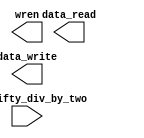
`timescale 1ns / 1ps
/**********************************************************************
 Copyright (c) 2007-2014 Timothy Pearson <kb9vqf@pearsoncomputing.net>

 This program is free software; you can redistribute it and/or modify
 it under the terms of the GNU General Public License as published by
 the Free Software Foundation; version 2.

 This program is distributed in the hope that it will be useful,
 but WITHOUT ANY WARRANTY; without even the implied warranty of
 MERCHANTABILITY or FITNESS FOR A PARTICULAR PURPOSE.  See the
 GNU General Public License for more details.

 You should have received a copy of the GNU General Public License
 along with this program; if not, write to the Free Software
 Foundation, Inc., 59 Temple Place - Suite 330, Boston, MA
 02111-1307, USA
**********************************************************************/

module median_filtering(
	//input wires
	input wire clk_fifty_div_by_two,

	//output wires
	output wire wren,
	output wire data_read,
	output wire data_write
	
	
		);
		
		reg median_filtering_holdoff = 0;
		reg [7:0] median_filtering_swap_buffer;
		reg [71:0] median_filtering_counter_buffer_red;
		reg [71:0] median_filtering_counter_buffer_green;
		reg [71:0] median_filtering_counter_buffer_blue;
	/*
		// For every pixel, check the 9 pixels around and including it, and find the 'middle' value.
		always @(posedge clk) begin
		//always @(posedge modified_clock) begin
		//always @(posedge clk_div_by_two) begin
			if (enable_median_filtering == 1) begin
				if (median_filtering_holdoff == 0) begin
					wren = 0;
					address = 320;								// Skip the topmost line of the image
					median_filtering_counter_tog = 320;
					median_filtering_holdoff = 1;
				end else begin
					// Load in the first pixel
					if (median_filtering_counter_toggle == 1) begin
						median_filtering_counter_buffer_red[7:0] = data_read[7:0];			// This is the center pixel
						median_filtering_counter_buffer_green[7:0] = data_read[15:8];
						median_filtering_counter_buffer_blue[7:0] = data_read[31:24];
						median_filtering_counter_tog = median_filtering_counter_tog - 1;	// Set next read address (one pixel to the left)
					end

					if (median_filtering_counter_toggle == 2) begin
						median_filtering_counter_buffer_red[15:8] = data_read[7:0];			// This is the left pixel
						median_filtering_counter_buffer_green[15:8] = data_read[15:8];
						median_filtering_counter_buffer_blue[15:8] = data_read[31:24];
						median_filtering_counter_tog = median_filtering_counter_tog + 2;	// Set next read address (two pixels to the right)
					end
		
					if (median_filtering_counter_toggle == 3) begin
						median_filtering_counter_buffer_red[23:16] = data_read[7:0];			// This is the right pixel
						median_filtering_counter_buffer_green[23:16] = data_read[15:8];
						median_filtering_counter_buffer_blue[23:16] = data_read[31:24];
						median_filtering_counter_tog = median_filtering_counter_tog - 320;	// Set next read address (one pixel up)
					end
					
					if (median_filtering_counter_toggle == 4) begin
						median_filtering_counter_buffer_red[31:24] = data_read[7:0];			// This is the top-right pixel
						median_filtering_counter_buffer_green[31:24] = data_read[15:8];
						median_filtering_counter_buffer_blue[31:24] = data_read[31:24];
						median_filtering_counter_tog = median_filtering_counter_tog - 1;	// Set next read address (one pixel to the left)
					end
					
					if (median_filtering_counter_toggle == 5) begin
						median_filtering_counter_buffer_red[39:32] = data_read[7:0];			// This is the top pixel
						median_filtering_counter_buffer_green[39:32] = data_read[15:8];
						median_filtering_counter_buffer_blue[39:32] = data_read[31:24];
						median_filtering_counter_tog = median_filtering_counter_tog - 1;	// Set next read address (one pixel to the left)
					end
					
					if (median_filtering_counter_toggle == 6) begin
						median_filtering_counter_buffer_red[47:40] = data_read[7:0];			// This is the top-left pixel
						median_filtering_counter_buffer_green[47:40] = data_read[15:8];
						median_filtering_counter_buffer_blue[47:40] = data_read[31:24];
						median_filtering_counter_tog = median_filtering_counter_tog + 640;	// Set next read address (two pixels down)
					end
					
					if (median_filtering_counter_toggle == 7) begin
						median_filtering_counter_buffer_red[55:48] = data_read[7:0];			// This is the bottom-left pixel
						median_filtering_counter_buffer_green[55:48] = data_read[15:8];
						median_filtering_counter_buffer_blue[55:48] = data_read[31:24];
						median_filtering_counter_tog = median_filtering_counter_tog + 1;	// Set next read address (one pixel to the right)
					end
					
					if (median_filtering_counter_toggle == 8) begin
						median_filtering_counter_buffer_red[63:56] = data_read[7:0];			// This is the bottom pixel
						median_filtering_counter_buffer_green[63:56] = data_read[15:8];
						median_filtering_counter_buffer_blue[63:56] = data_read[31:24];
						median_filtering_counter_tog = median_filtering_counter_tog + 1;	// Set next read address (one pixel to the right)
					end
					
					if (median_filtering_counter_toggle == 9) begin
						median_filtering_counter_buffer_red[71:64] = data_read[7:0];			// This is the bottom-right pixel
						median_filtering_counter_buffer_green[71:64] = data_read[15:8];
						median_filtering_counter_buffer_blue[71:64] = data_read[31:24];
						median_filtering_counter_tog = median_filtering_counter_tog - 320;	// Set next read address (one pixel up) (this is to put the "cursor" in the correct position for the next pixel!
						
						// Now, since we have all of this data collected (finally!), we can calculate the median of the numbers
						// First the red image...LOTS of processing here!
						if (median_filtering_counter_buffer_red[15:8] > median_filtering_counter_buffer_red[23:16]) begin	// 1,2
							median_filtering_swap_buffer = median_filtering_counter_buffer_red[15:8];
							median_filtering_counter_buffer_red[15:8] = median_filtering_counter_buffer_red[23:16];
							median_filtering_counter_buffer_red[23:16] = median_filtering_swap_buffer;
						end
						if (median_filtering_counter_buffer_red[39:32] > median_filtering_counter_buffer_red[47:40]) begin	// 4,5
							median_filtering_swap_buffer = median_filtering_counter_buffer_red[39:32];
							median_filtering_counter_buffer_red[39:32] = median_filtering_counter_buffer_red[47:40];
							median_filtering_counter_buffer_red[47:40] = median_filtering_swap_buffer;
						end
						if (median_filtering_counter_buffer_red[63:56] > median_filtering_counter_buffer_red[71:64]) begin	// 7,8
							median_filtering_swap_buffer = median_filtering_counter_buffer_red[63:56];
							median_filtering_counter_buffer_red[63:56] = median_filtering_counter_buffer_red[71:64];
							median_filtering_counter_buffer_red[71:64] = median_filtering_swap_buffer;
						end
						// ---
						if (median_filtering_counter_buffer_red[7:0] > median_filtering_counter_buffer_red[15:8]) begin		// 0,1
							median_filtering_swap_buffer = median_filtering_counter_buffer_red[7:0];
							median_filtering_counter_buffer_red[7:0] = median_filtering_counter_buffer_red[15:8];
							median_filtering_counter_buffer_red[15:8] = median_filtering_swap_buffer;
						end
						if (median_filtering_counter_buffer_red[31:24] > median_filtering_counter_buffer_red[39:32]) begin	// 3,4
							median_filtering_swap_buffer = median_filtering_counter_buffer_red[31:24];
							median_filtering_counter_buffer_red[31:24] = median_filtering_counter_buffer_red[39:32];
							median_filtering_counter_buffer_red[39:32] = median_filtering_swap_buffer;
						end
						if (median_filtering_counter_buffer_red[55:48] > median_filtering_counter_buffer_red[63:56]) begin	// 6,7
							median_filtering_swap_buffer = median_filtering_counter_buffer_red[55:48];
							median_filtering_counter_buffer_red[55:48] = median_filtering_counter_buffer_red[63:56];
							median_filtering_counter_buffer_red[63:56] = median_filtering_swap_buffer;
						end
						// ---
						if (median_filtering_counter_buffer_red[15:8] > median_filtering_counter_buffer_red[23:16]) begin	// 1,2
							median_filtering_swap_buffer = median_filtering_counter_buffer_red[15:8];
							median_filtering_counter_buffer_red[15:8] = median_filtering_counter_buffer_red[23:16];
							median_filtering_counter_buffer_red[23:16] = median_filtering_swap_buffer;
						end
						if (median_filtering_counter_buffer_red[39:32] > median_filtering_counter_buffer_red[47:40]) begin	// 4,5
							median_filtering_swap_buffer = median_filtering_counter_buffer_red[39:32];
							median_filtering_counter_buffer_red[39:32] = median_filtering_counter_buffer_red[47:40];
							median_filtering_counter_buffer_red[47:40] = median_filtering_swap_buffer;
						end
						if (median_filtering_counter_buffer_red[63:56] > median_filtering_counter_buffer_red[71:64]) begin	// 7,8
							median_filtering_swap_buffer = median_filtering_counter_buffer_red[63:56];
							median_filtering_counter_buffer_red[63:56] = median_filtering_counter_buffer_red[71:64];
							median_filtering_counter_buffer_red[71:64] = median_filtering_swap_buffer;
						end
						// ---
						if (median_filtering_counter_buffer_red[7:0] > median_filtering_counter_buffer_red[31:24]) begin	// 0,3
							median_filtering_swap_buffer = median_filtering_counter_buffer_red[7:0];
							median_filtering_counter_buffer_red[7:0] = median_filtering_counter_buffer_red[31:24];
							median_filtering_counter_buffer_red[31:24] = median_filtering_swap_buffer;
						end
						if (median_filtering_counter_buffer_red[47:40] > median_filtering_counter_buffer_red[71:64]) begin	// 5,8
							median_filtering_swap_buffer = median_filtering_counter_buffer_red[47:40];
							median_filtering_counter_buffer_red[47:40] = median_filtering_counter_buffer_red[71:64];
							median_filtering_counter_buffer_red[71:64] = median_filtering_swap_buffer;
						end
						if (median_filtering_counter_buffer_red[39:32] > median_filtering_counter_buffer_red[63:56]) begin	// 4,7
							median_filtering_swap_buffer = median_filtering_counter_buffer_red[39:32];
							median_filtering_counter_buffer_red[39:32] = median_filtering_counter_buffer_red[63:56];
							median_filtering_counter_buffer_red[63:56] = median_filtering_swap_buffer;
						end
						// ---
						if (median_filtering_counter_buffer_red[31:24] > median_filtering_counter_buffer_red[55:48]) begin	// 3,6
							median_filtering_swap_buffer = median_filtering_counter_buffer_red[31:24];
							median_filtering_counter_buffer_red[31:24] = median_filtering_counter_buffer_red[55:48];
							median_filtering_counter_buffer_red[55:48] = median_filtering_swap_buffer;
						end
						if (median_filtering_counter_buffer_red[15:8] > median_filtering_counter_buffer_red[39:32]) begin	// 1,4
							median_filtering_swap_buffer = median_filtering_counter_buffer_red[15:8];
							median_filtering_counter_buffer_red[15:8] = median_filtering_counter_buffer_red[39:32];
							median_filtering_counter_buffer_red[39:32] = median_filtering_swap_buffer;
						end
						if (median_filtering_counter_buffer_red[23:16] > median_filtering_counter_buffer_red[47:40]) begin	// 2,5
							median_filtering_swap_buffer = median_filtering_counter_buffer_red[23:16];
							median_filtering_counter_buffer_red[23:16] = median_filtering_counter_buffer_red[47:40];
							median_filtering_counter_buffer_red[47:40] = median_filtering_swap_buffer;
						end
						// ---
						if (median_filtering_counter_buffer_red[39:32] > median_filtering_counter_buffer_red[63:56]) begin	// 4,7
							median_filtering_swap_buffer = median_filtering_counter_buffer_red[39:32];
							median_filtering_counter_buffer_red[39:32] = median_filtering_counter_buffer_red[63:56];
							median_filtering_counter_buffer_red[63:56] = median_filtering_swap_buffer;
						end
						if (median_filtering_counter_buffer_red[39:32] > median_filtering_counter_buffer_red[23:16]) begin	// 4,2
							median_filtering_swap_buffer = median_filtering_counter_buffer_red[39:32];
							median_filtering_counter_buffer_red[39:32] = median_filtering_counter_buffer_red[23:16];
							median_filtering_counter_buffer_red[23:16] = median_filtering_swap_buffer;
						end
						if (median_filtering_counter_buffer_red[55:48] > median_filtering_counter_buffer_red[39:32]) begin	// 6,4
							median_filtering_swap_buffer = median_filtering_counter_buffer_red[55:48];
							median_filtering_counter_buffer_red[55:48] = median_filtering_counter_buffer_red[39:32];
							median_filtering_counter_buffer_red[39:32] = median_filtering_swap_buffer;
						end
						// ---
						if (median_filtering_counter_buffer_red[39:32] > median_filtering_counter_buffer_red[23:16]) begin	// 4,2
							median_filtering_swap_buffer = median_filtering_counter_buffer_red[39:32];
							median_filtering_counter_buffer_red[39:32] = median_filtering_counter_buffer_red[23:16];
							median_filtering_counter_buffer_red[23:16] = median_filtering_swap_buffer;
						end
						// FINALLY DONE WITH THE RED ARRAY!!! YIPPEE!!!
						median_filtering_counter_temp[7:0] = median_filtering_counter_buffer_red[39:32];		// Store the median in the red slot of the data to write
						
						// Next the green image...LOTS of processing here again!
						if (median_filtering_counter_buffer_green[15:8] > median_filtering_counter_buffer_green[23:16]) begin		// 1,2
							median_filtering_swap_buffer = median_filtering_counter_buffer_green[15:8];
							median_filtering_counter_buffer_green[15:8] = median_filtering_counter_buffer_green[23:16];
							median_filtering_counter_buffer_green[23:16] = median_filtering_swap_buffer;
						end
						if (median_filtering_counter_buffer_green[39:32] > median_filtering_counter_buffer_green[47:40]) begin	// 4,5
							median_filtering_swap_buffer = median_filtering_counter_buffer_green[39:32];
							median_filtering_counter_buffer_green[39:32] = median_filtering_counter_buffer_green[47:40];
							median_filtering_counter_buffer_green[47:40] = median_filtering_swap_buffer;
						end
						if (median_filtering_counter_buffer_green[63:56] > median_filtering_counter_buffer_green[71:64]) begin	// 7,8
							median_filtering_swap_buffer = median_filtering_counter_buffer_green[63:56];
							median_filtering_counter_buffer_green[63:56] = median_filtering_counter_buffer_green[71:64];
							median_filtering_counter_buffer_green[71:64] = median_filtering_swap_buffer;
						end
						// ---
						if (median_filtering_counter_buffer_green[7:0] > median_filtering_counter_buffer_green[15:8]) begin		// 0,1
							median_filtering_swap_buffer = median_filtering_counter_buffer_green[7:0];
							median_filtering_counter_buffer_green[7:0] = median_filtering_counter_buffer_green[15:8];
							median_filtering_counter_buffer_green[15:8] = median_filtering_swap_buffer;
						end
						if (median_filtering_counter_buffer_green[31:24] > median_filtering_counter_buffer_green[39:32]) begin	// 3,4
							median_filtering_swap_buffer = median_filtering_counter_buffer_green[31:24];
							median_filtering_counter_buffer_green[31:24] = median_filtering_counter_buffer_green[39:32];
							median_filtering_counter_buffer_green[39:32] = median_filtering_swap_buffer;
						end
						if (median_filtering_counter_buffer_green[55:48] > median_filtering_counter_buffer_green[63:56]) begin	// 6,7
							median_filtering_swap_buffer = median_filtering_counter_buffer_green[55:48];
							median_filtering_counter_buffer_green[55:48] = median_filtering_counter_buffer_green[63:56];
							median_filtering_counter_buffer_green[63:56] = median_filtering_swap_buffer;
						end
						// ---
						if (median_filtering_counter_buffer_green[15:8] > median_filtering_counter_buffer_green[23:16]) begin		// 1,2
							median_filtering_swap_buffer = median_filtering_counter_buffer_green[15:8];
							median_filtering_counter_buffer_green[15:8] = median_filtering_counter_buffer_green[23:16];
							median_filtering_counter_buffer_green[23:16] = median_filtering_swap_buffer;
						end
						if (median_filtering_counter_buffer_green[39:32] > median_filtering_counter_buffer_green[47:40]) begin	// 4,5
							median_filtering_swap_buffer = median_filtering_counter_buffer_green[39:32];
							median_filtering_counter_buffer_green[39:32] = median_filtering_counter_buffer_green[47:40];
							median_filtering_counter_buffer_green[47:40] = median_filtering_swap_buffer;
						end
						if (median_filtering_counter_buffer_green[63:56] > median_filtering_counter_buffer_green[71:64]) begin	// 7,8
							median_filtering_swap_buffer = median_filtering_counter_buffer_green[63:56];
							median_filtering_counter_buffer_green[63:56] = median_filtering_counter_buffer_green[71:64];
							median_filtering_counter_buffer_green[71:64] = median_filtering_swap_buffer;
						end
						// ---
						if (median_filtering_counter_buffer_green[7:0] > median_filtering_counter_buffer_green[31:24]) begin		// 0,3
							median_filtering_swap_buffer = median_filtering_counter_buffer_green[7:0];
							median_filtering_counter_buffer_green[7:0] = median_filtering_counter_buffer_green[31:24];
							median_filtering_counter_buffer_green[31:24] = median_filtering_swap_buffer;
						end
						if (median_filtering_counter_buffer_green[47:40] > median_filtering_counter_buffer_green[71:64]) begin	// 5,8
							median_filtering_swap_buffer = median_filtering_counter_buffer_green[47:40];
							median_filtering_counter_buffer_green[47:40] = median_filtering_counter_buffer_green[71:64];
							median_filtering_counter_buffer_green[71:64] = median_filtering_swap_buffer;
						end
						if (median_filtering_counter_buffer_green[39:32] > median_filtering_counter_buffer_green[63:56]) begin	// 4,7
							median_filtering_swap_buffer = median_filtering_counter_buffer_green[39:32];
							median_filtering_counter_buffer_green[39:32] = median_filtering_counter_buffer_green[63:56];
							median_filtering_counter_buffer_green[63:56] = median_filtering_swap_buffer;
						end
						// ---
						if (median_filtering_counter_buffer_green[31:24] > median_filtering_counter_buffer_green[55:48]) begin	// 3,6
							median_filtering_swap_buffer = median_filtering_counter_buffer_green[31:24];
							median_filtering_counter_buffer_green[31:24] = median_filtering_counter_buffer_green[55:48];
							median_filtering_counter_buffer_green[55:48] = median_filtering_swap_buffer;
						end
						if (median_filtering_counter_buffer_green[15:8] > median_filtering_counter_buffer_green[39:32]) begin		// 1,4
							median_filtering_swap_buffer = median_filtering_counter_buffer_green[15:8];
							median_filtering_counter_buffer_green[15:8] = median_filtering_counter_buffer_green[39:32];
							median_filtering_counter_buffer_green[39:32] = median_filtering_swap_buffer;
						end
						if (median_filtering_counter_buffer_green[23:16] > median_filtering_counter_buffer_green[47:40]) begin	// 2,5
							median_filtering_swap_buffer = median_filtering_counter_buffer_green[23:16];
							median_filtering_counter_buffer_green[23:16] = median_filtering_counter_buffer_green[47:40];
							median_filtering_counter_buffer_green[47:40] = median_filtering_swap_buffer;
						end
						// ---
						if (median_filtering_counter_buffer_green[39:32] > median_filtering_counter_buffer_green[63:56]) begin	// 4,7
							median_filtering_swap_buffer = median_filtering_counter_buffer_green[39:32];
							median_filtering_counter_buffer_green[39:32] = median_filtering_counter_buffer_green[63:56];
							median_filtering_counter_buffer_green[63:56] = median_filtering_swap_buffer;
						end
						if (median_filtering_counter_buffer_green[39:32] > median_filtering_counter_buffer_green[23:16]) begin	// 4,2
							median_filtering_swap_buffer = median_filtering_counter_buffer_green[39:32];
							median_filtering_counter_buffer_green[39:32] = median_filtering_counter_buffer_green[23:16];
							median_filtering_counter_buffer_green[23:16] = median_filtering_swap_buffer;
						end
						if (median_filtering_counter_buffer_green[55:48] > median_filtering_counter_buffer_green[39:32]) begin	// 6,4
							median_filtering_swap_buffer = median_filtering_counter_buffer_green[55:48];
							median_filtering_counter_buffer_green[55:48] = median_filtering_counter_buffer_green[39:32];
							median_filtering_counter_buffer_green[39:32] = median_filtering_swap_buffer;
						end
						// ---
						if (median_filtering_counter_buffer_green[39:32] > median_filtering_counter_buffer_green[23:16]) begin	// 4,2
							median_filtering_swap_buffer = median_filtering_counter_buffer_green[39:32];
							median_filtering_counter_buffer_green[39:32] = median_filtering_counter_buffer_green[23:16];
							median_filtering_counter_buffer_green[23:16] = median_filtering_swap_buffer;
						end
						// FINALLY DONE WITH THE GREEN ARRAY!!! YIPPEE!!!
						median_filtering_counter_temp[15:8] = median_filtering_counter_buffer_green[39:32];		// Store the median in the green slot of the data to write
						
						// Finally the blue image...again, LOTS of processing here!
						if (median_filtering_counter_buffer_blue[15:8] > median_filtering_counter_buffer_blue[23:16]) begin	// 1,2
							median_filtering_swap_buffer = median_filtering_counter_buffer_blue[15:8];
							median_filtering_counter_buffer_blue[15:8] = median_filtering_counter_buffer_blue[23:16];
							median_filtering_counter_buffer_blue[23:16] = median_filtering_swap_buffer;
						end
						if (median_filtering_counter_buffer_blue[39:32] > median_filtering_counter_buffer_blue[47:40]) begin	// 4,5
							median_filtering_swap_buffer = median_filtering_counter_buffer_blue[39:32];
							median_filtering_counter_buffer_blue[39:32] = median_filtering_counter_buffer_blue[47:40];
							median_filtering_counter_buffer_blue[47:40] = median_filtering_swap_buffer;
						end
						if (median_filtering_counter_buffer_blue[63:56] > median_filtering_counter_buffer_blue[71:64]) begin	// 7,8
							median_filtering_swap_buffer = median_filtering_counter_buffer_blue[63:56];
							median_filtering_counter_buffer_blue[63:56] = median_filtering_counter_buffer_blue[71:64];
							median_filtering_counter_buffer_blue[71:64] = median_filtering_swap_buffer;
						end
						// ---
						if (median_filtering_counter_buffer_blue[7:0] > median_filtering_counter_buffer_blue[15:8]) begin		// 0,1
							median_filtering_swap_buffer = median_filtering_counter_buffer_blue[7:0];
							median_filtering_counter_buffer_blue[7:0] = median_filtering_counter_buffer_blue[15:8];
							median_filtering_counter_buffer_blue[15:8] = median_filtering_swap_buffer;
						end
						if (median_filtering_counter_buffer_blue[31:24] > median_filtering_counter_buffer_blue[39:32]) begin	// 3,4
							median_filtering_swap_buffer = median_filtering_counter_buffer_blue[31:24];
							median_filtering_counter_buffer_blue[31:24] = median_filtering_counter_buffer_blue[39:32];
							median_filtering_counter_buffer_blue[39:32] = median_filtering_swap_buffer;
						end
						if (median_filtering_counter_buffer_blue[55:48] > median_filtering_counter_buffer_blue[63:56]) begin	// 6,7
							median_filtering_swap_buffer = median_filtering_counter_buffer_blue[55:48];
							median_filtering_counter_buffer_blue[55:48] = median_filtering_counter_buffer_blue[63:56];
							median_filtering_counter_buffer_blue[63:56] = median_filtering_swap_buffer;
						end
						// ---
						if (median_filtering_counter_buffer_blue[15:8] > median_filtering_counter_buffer_blue[23:16]) begin	// 1,2
							median_filtering_swap_buffer = median_filtering_counter_buffer_blue[15:8];
							median_filtering_counter_buffer_blue[15:8] = median_filtering_counter_buffer_blue[23:16];
							median_filtering_counter_buffer_blue[23:16] = median_filtering_swap_buffer;
						end
						if (median_filtering_counter_buffer_blue[39:32] > median_filtering_counter_buffer_blue[47:40]) begin	// 4,5
							median_filtering_swap_buffer = median_filtering_counter_buffer_blue[39:32];
							median_filtering_counter_buffer_blue[39:32] = median_filtering_counter_buffer_blue[47:40];
							median_filtering_counter_buffer_blue[47:40] = median_filtering_swap_buffer;
						end
						if (median_filtering_counter_buffer_blue[63:56] > median_filtering_counter_buffer_blue[71:64]) begin	// 7,8
							median_filtering_swap_buffer = median_filtering_counter_buffer_blue[63:56];
							median_filtering_counter_buffer_blue[63:56] = median_filtering_counter_buffer_blue[71:64];
							median_filtering_counter_buffer_blue[71:64] = median_filtering_swap_buffer;
						end
						// ---
						if (median_filtering_counter_buffer_blue[7:0] > median_filtering_counter_buffer_blue[31:24]) begin	// 0,3
							median_filtering_swap_buffer = median_filtering_counter_buffer_blue[7:0];
							median_filtering_counter_buffer_blue[7:0] = median_filtering_counter_buffer_blue[31:24];
							median_filtering_counter_buffer_blue[31:24] = median_filtering_swap_buffer;
						end
						if (median_filtering_counter_buffer_blue[47:40] > median_filtering_counter_buffer_blue[71:64]) begin	// 5,8
							median_filtering_swap_buffer = median_filtering_counter_buffer_blue[47:40];
							median_filtering_counter_buffer_blue[47:40] = median_filtering_counter_buffer_blue[71:64];
							median_filtering_counter_buffer_blue[71:64] = median_filtering_swap_buffer;
						end
						if (median_filtering_counter_buffer_blue[39:32] > median_filtering_counter_buffer_blue[63:56]) begin	// 4,7
							median_filtering_swap_buffer = median_filtering_counter_buffer_blue[39:32];
							median_filtering_counter_buffer_blue[39:32] = median_filtering_counter_buffer_blue[63:56];
							median_filtering_counter_buffer_blue[63:56] = median_filtering_swap_buffer;
						end
						// ---
						if (median_filtering_counter_buffer_blue[31:24] > median_filtering_counter_buffer_blue[55:48]) begin	// 3,6
							median_filtering_swap_buffer = median_filtering_counter_buffer_blue[31:24];
							median_filtering_counter_buffer_blue[31:24] = median_filtering_counter_buffer_blue[55:48];
							median_filtering_counter_buffer_blue[55:48] = median_filtering_swap_buffer;
						end
						if (median_filtering_counter_buffer_blue[15:8] > median_filtering_counter_buffer_blue[39:32]) begin	// 1,4
							median_filtering_swap_buffer = median_filtering_counter_buffer_blue[15:8];
							median_filtering_counter_buffer_blue[15:8] = median_filtering_counter_buffer_blue[39:32];
							median_filtering_counter_buffer_blue[39:32] = median_filtering_swap_buffer;
						end
						if (median_filtering_counter_buffer_blue[23:16] > median_filtering_counter_buffer_blue[47:40]) begin	// 2,5
							median_filtering_swap_buffer = median_filtering_counter_buffer_blue[23:16];
							median_filtering_counter_buffer_blue[23:16] = median_filtering_counter_buffer_blue[47:40];
							median_filtering_counter_buffer_blue[47:40] = median_filtering_swap_buffer;
						end
						// ---
						if (median_filtering_counter_buffer_blue[39:32] > median_filtering_counter_buffer_blue[63:56]) begin	// 4,7
							median_filtering_swap_buffer = median_filtering_counter_buffer_blue[39:32];
							median_filtering_counter_buffer_blue[39:32] = median_filtering_counter_buffer_blue[63:56];
							median_filtering_counter_buffer_blue[63:56] = median_filtering_swap_buffer;
						end
						if (median_filtering_counter_buffer_blue[39:32] > median_filtering_counter_buffer_blue[23:16]) begin	// 4,2
							median_filtering_swap_buffer = median_filtering_counter_buffer_blue[39:32];
							median_filtering_counter_buffer_blue[39:32] = median_filtering_counter_buffer_blue[23:16];
							median_filtering_counter_buffer_blue[23:16] = median_filtering_swap_buffer;
						end
						if (median_filtering_counter_buffer_blue[55:48] > median_filtering_counter_buffer_blue[39:32]) begin	// 6,4
							median_filtering_swap_buffer = median_filtering_counter_buffer_blue[55:48];
							median_filtering_counter_buffer_blue[55:48] = median_filtering_counter_buffer_blue[39:32];
							median_filtering_counter_buffer_blue[39:32] = median_filtering_swap_buffer;
						end
						// ---
						if (median_filtering_counter_buffer_blue[39:32] > median_filtering_counter_buffer_blue[23:16]) begin	// 4,2
							median_filtering_swap_buffer = median_filtering_counter_buffer_blue[39:32];
							median_filtering_counter_buffer_blue[39:32] = median_filtering_counter_buffer_blue[23:16];
							median_filtering_counter_buffer_blue[23:16] = median_filtering_swap_buffer;
						end
						// FINALLY DONE WITH THE BLUE ARRAY!!! YIPPEE!!!
						median_filtering_counter_temp[31:24] = median_filtering_counter_buffer_blue[39:32];		// Store the median in the blue slot of the data to write
						
						// Make sure none of our pixels are set to 255, as 255 is a reserved value for "edge found".
						if (median_filtering_counter_temp[7:0] == 255) begin
							median_filtering_counter_temp[7:0] = 254;
						end
						if (median_filtering_counter_temp[15:8] == 255) begin
							median_filtering_counter_temp[15:8] = 254;
						end
						if (median_filtering_counter_temp[31:24] == 255) begin
							median_filtering_counter_temp[31:24] = 254;
						end
					end

					if (median_filtering_counter_togg == 76481) begin		// All done!	It is 76481 because we don't need to process the last line of the image, as it would just be garbage anyway!
						median_filtering_coun = 0;
						median_filtering_counter_tog = 0;
						median_filtering_counter_togg = 0;
						median_filtering_counter_toggle = 0;
						median_filtering_done = 1;
						median_filtering_holdoff = 0;
						wren = 0;
					end

					median_filtering_counter_toggle = median_filtering_counter_toggle + 1;
					if (median_filtering_counter_toggle < 10) begin
						address = median_filtering_counter_tog;
						wren = 0;
					end
					if (median_filtering_counter_toggle == 10) begin
						address = median_filtering_counter_togg + 76801;
						data_write = median_filtering_counter_temp;
						wren = 1;
					end
					if (median_filtering_counter_toggle == 11) begin
						wren = 0;
						address = median_filtering_counter_tog;
						median_filtering_counter_togg = median_filtering_counter_togg + 1;
						median_filtering_counter_toggle = 0;
					end
				end
			end else begin
				median_filtering_done = 0;
				address = 18'bz;
				data_write = 32'bz;
				wren = 1'bz;
			end
		end
	*/

endmodule